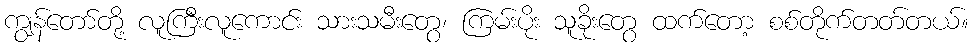
ကျွန်တော်တို့ လူကြီးလူကောင်း သားသမီးတွေ၊ ကြမ်းပိုး သူခိုးတွေ ထက်တော့ စစ်တိုက်တတ်တယ်။